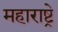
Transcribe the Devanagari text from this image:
महाराष्ट्रे